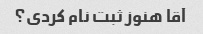
آقا هنوز ثبت نام کردی؟